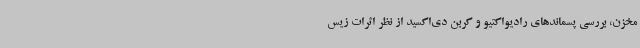
مخزن، بررسی پسماندهای رادیواکتیو و کربن دی‌اکسید از نظر اثرات زیس